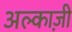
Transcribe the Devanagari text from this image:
अल्काज़ी